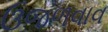
ઉજળવાવ